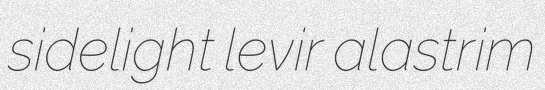
sidelight levir alastrim